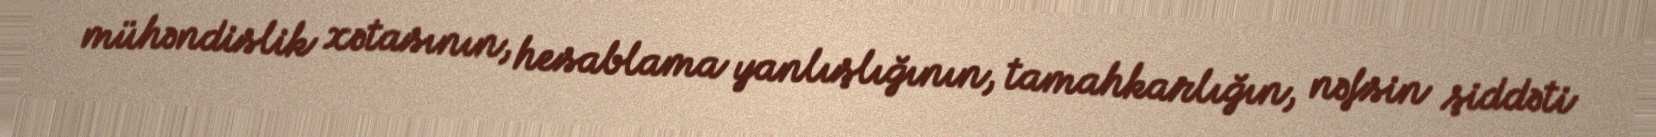
mühəndislik xətasının, hesablama yanlışlığının, tamahkarlığın, nəfsin şiddəti